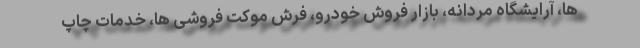
ها، آرایشگاه مردانه، بازار فروش خودرو، فرش موکت فروشی ها، خدمات چاپ